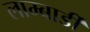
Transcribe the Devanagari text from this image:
लाम्बार्डी